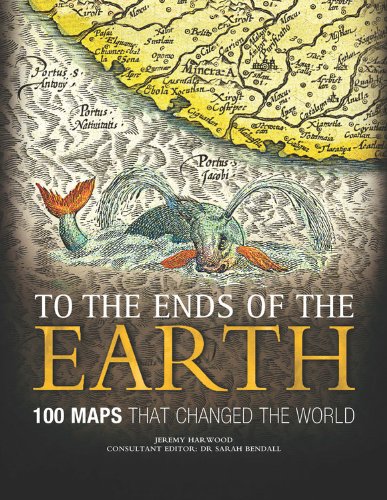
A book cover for To the Ends of the Earth: 100 Maps that Changed the World; Jeremy Harwood; Science & Math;